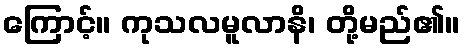
ကြောင့်။ ကုသလမူလာနိ၊ တို့မည်၏။